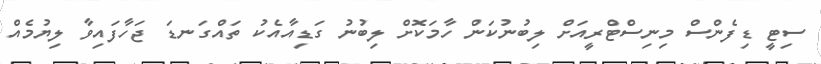
ސިޓީ ޑިފެންސް މިނިސްޓްރީއަށް ލިބުނުކަން ހާމަކޮށް ލިބުނު ގަޑިއާއެކު ތައްގަނޑަ ޖަހާފައިވާ ލިޔުމެއް